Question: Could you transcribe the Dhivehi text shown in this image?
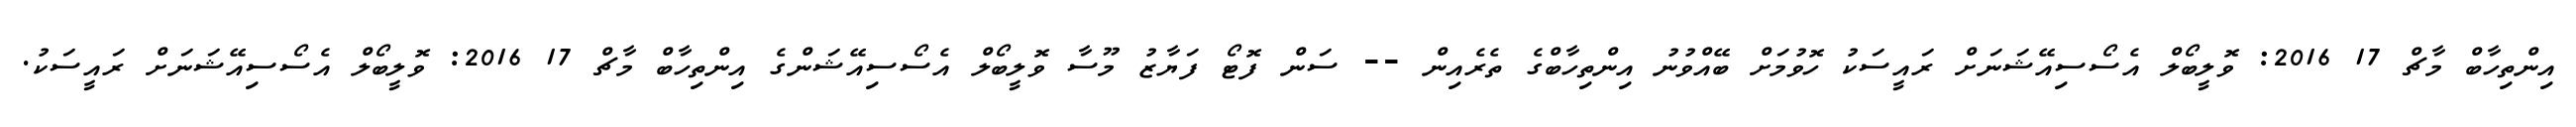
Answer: އިންތިހާބް މާޗް 17 2016: ވޮލީބޯލް އެސޯސިއޭޝަނަށް ރައީސަކު ހޮވުމަށް ބޭއްވުނު އިންތިހާބްގެ ތެރެއިން -- ސަން ފޮޓޯ ފަޔާޒު މޫސާ ވޮލީބޯލް އެސޯސިއޭޝަންގެ އިންތިހާބް މާޗް 17 2016: ވޮލީބޯލް އެސޯސިއޭޝަނަށް ރައީސަކު.